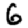
Digit: 6